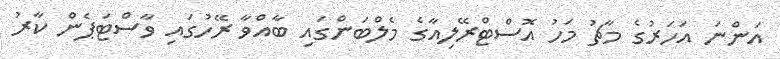
އަންނަ އަހަރުގެ މާޗު މަހު އޮސްޓްރޭލިއާގެ މެލްބަންގައި ބާއްވާ ރޭހުގައި ވާސްޓަޕެން ކާރު